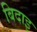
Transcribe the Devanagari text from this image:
बिदाइ